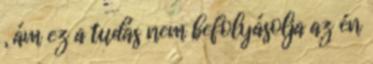
, ám ez a tudás nem befolyásolja az én